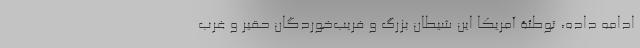
ادامه داده، توطئة آمریکا این شیطان بزرگ و فریب‌خوردگان حقیر و غرب